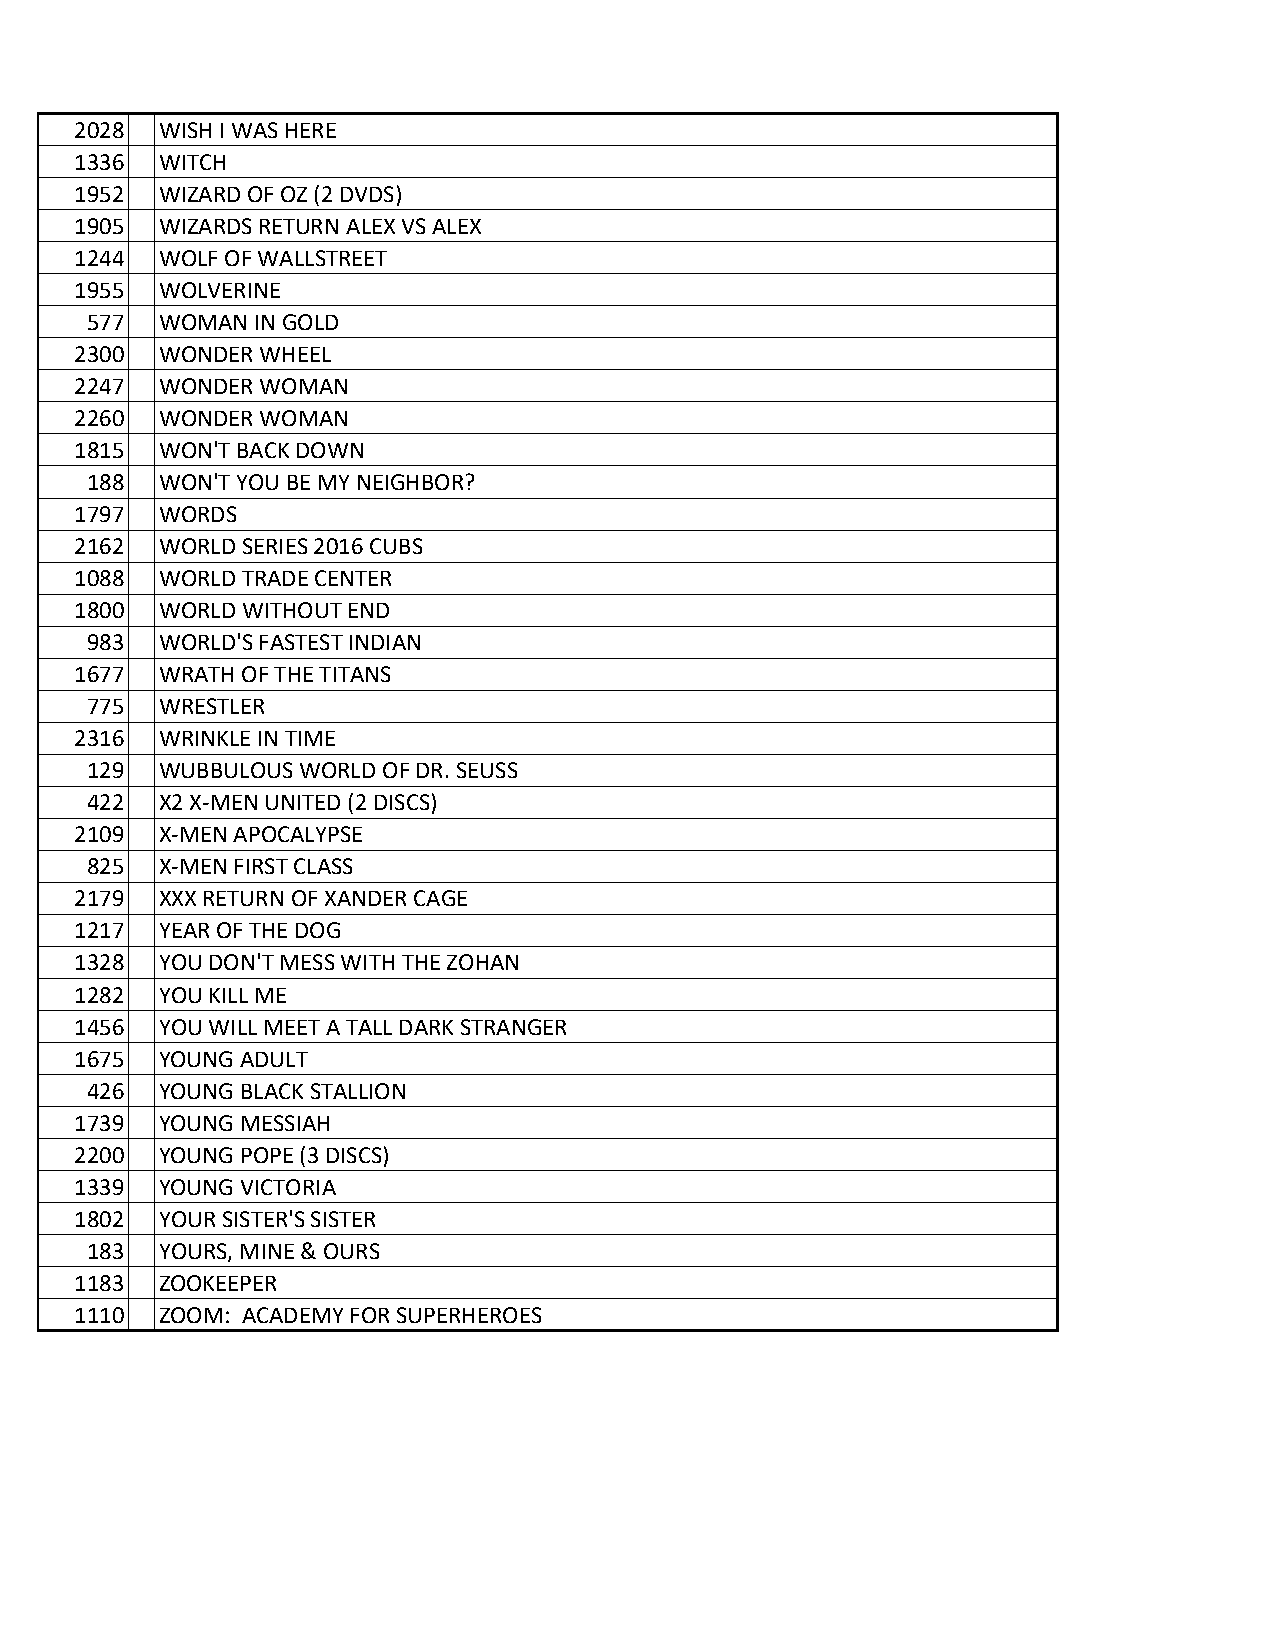
2028 WISH I WAS HERE
 1336 WITCH
 1952 WIZARD OF OZ (2 DVDS)
 1905 WIZARDS RETURN ALEX VS ALEX
 1244 WOLF OF WALLSTREET
 1955 WOLVERINE
 577 WOMAN  IN GOLD
 2300 WONDER WHEEL
 2247 WONDER WOMAN
 2260 WONDER WOMAN
 1815 WON'T BACK DOWN
 188 WON'T YOU BE MY NEIGHBOR?
 1797 WORDS
 2162 WORLD SERIES 2016 CUBS
 1088 WORLD TRADE CENTER
 1800 WORLD WITHOUT END
 983 WORLD'S FASTEST INDIAN
 1677 WRATH OF THE TITANS
 775 WRESTLER
 2316 WRINKLE IN TIME
 129 WUBBULOUS WORLD OF DR. SEUSS
 422 X2 X-MEN UNITED (2 DISCS)
 2109 X-MEN APOCALYPSE
 825 X-MEN FIRST CLASS
 2179 XXX RETURN OF XANDER CAGE
 1217 YEAR OF THE DOG
 1328 YOU DON'T MESS WITH THE ZOHAN
 1282 YOU KILL ME
 1456 YOU WILL MEET A TALL DARK STRANGER
 1675 YOUNG ADULT
 426 YOUNG BLACK STALLION
 1739 YOUNG MESSIAH
 2200 YOUNG POPE (3 DISCS)
 1339 YOUNG VICTORIA
 1802 YOUR SISTER'S SISTER
 183 YOURS, MINE & OURS
 1183 ZOOKEEPER
 1110 ZOOM: ACADEMY FOR SUPERHEROES